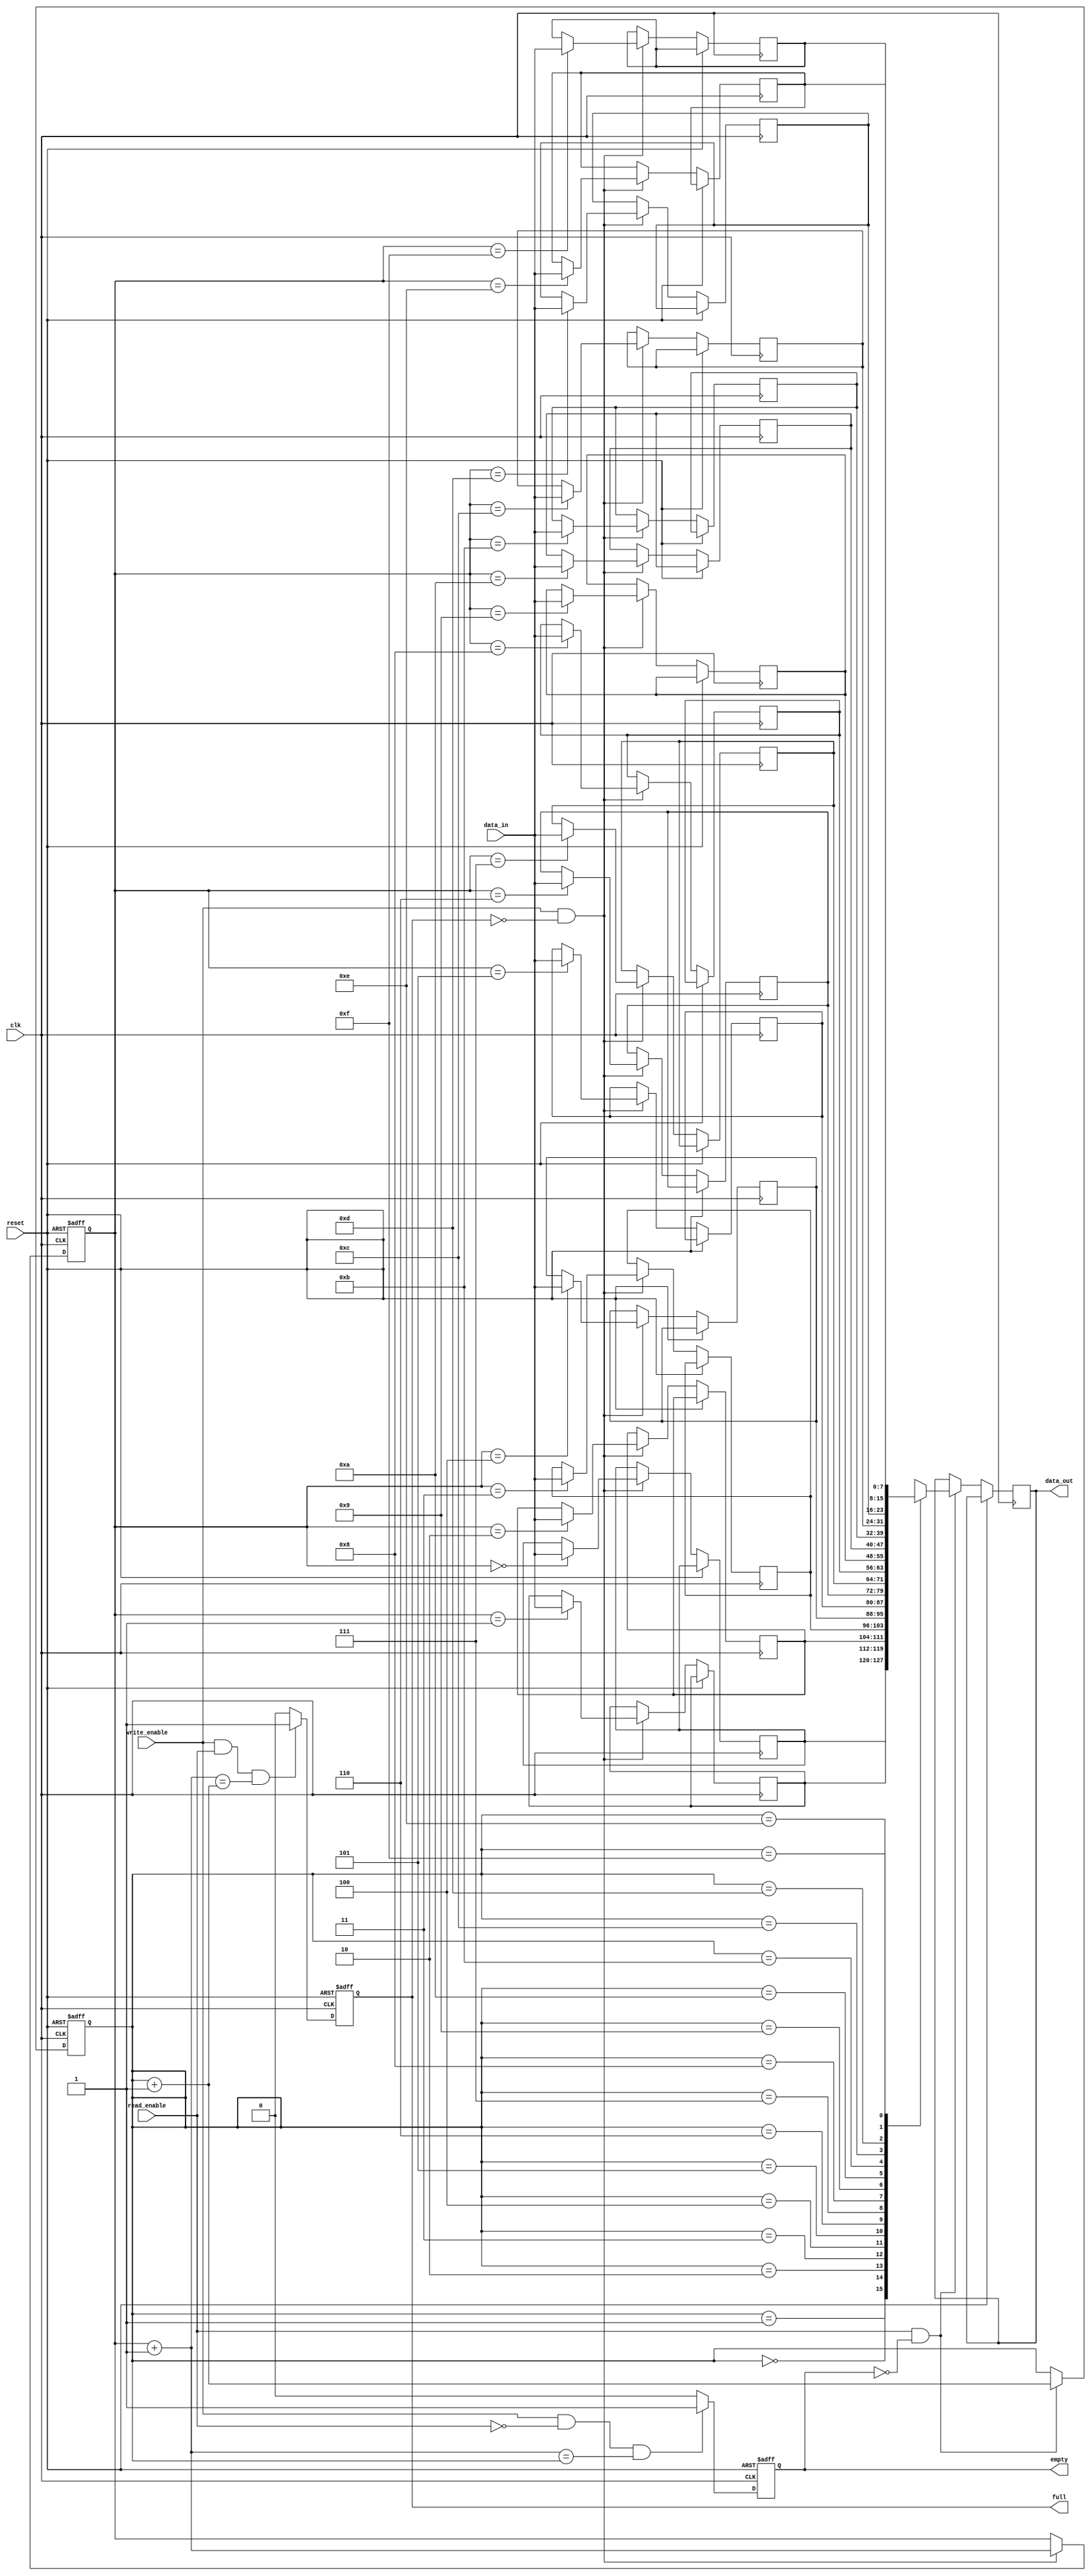
module asynchronous_fifo (
  input          clk,         // Clock input
  input          reset,       // Reset input
  input          write_enable,// Write enable signal
  input          read_enable, // Read enable signal
  input  [7:0]   data_in,     // Data input
  output [7:0]   data_out,    // Data output
  output         full,        // FIFO full flag
  output         empty        // FIFO empty flag
);

parameter WIDTH = 8; // Width of data input/output

reg [WIDTH-1:0] fifo [0:15]; // FIFO depth of 16
reg [3:0] write_ptr, read_ptr; // Write and read pointers
wire [3:0] next_write_ptr, next_read_ptr; // Next write and read pointers
reg full, empty; // Full and empty flags

always @(posedge clk or posedge reset) begin
  if (reset) begin
    write_ptr <= 4'b0000; // Initial write pointer value
    read_ptr <= 4'b0000; // Initial read pointer value
    full <= 1'b0; // FIFO initially not full
    empty <= 1'b1; // FIFO initially empty
  end else begin
    if (write_enable && !full) begin
      fifo[write_ptr] <= data_in; // Write data into FIFO
      write_ptr <= next_write_ptr;
    end

    if (read_enable && !empty) begin
      data_out <= fifo[read_ptr]; // Read data from FIFO
      read_ptr <= next_read_ptr;
    end

    if (write_enable && read_enable && (next_write_ptr == next_read_ptr)) begin
      full <= 1'b1; // FIFO full if write pointer equals read pointer
    end else begin
      full <= 1'b0;
    end

    if (write_enable && !read_enable && (next_write_ptr == read_ptr)) begin
      empty <= 1'b1; // FIFO empty if next write pointer equals read pointer
    end else begin
      empty <= 1'b0;
    end
  end
end

assign next_write_ptr = write_ptr + 1; // Calculate next write pointer
assign next_read_ptr = read_ptr + 1; // Calculate next read pointer

endmodule